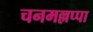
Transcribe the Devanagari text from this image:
चनमल्लप्पा